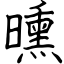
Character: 曛